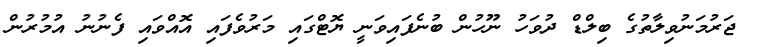
ޖަރުމަނުވިލާތުގެ ބިލްޑް ދުވަހު ނޫހުން ބުނެފައިވަނީ ޔޮޓްގައި މަރުވެފައި އޮއްވައި ފެނުނު އުމުރުން